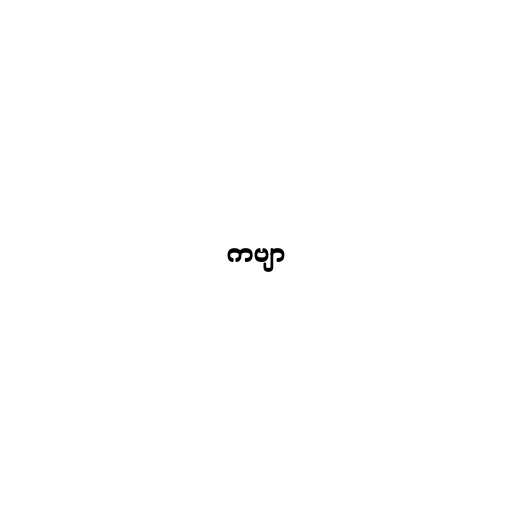
ကဗျာ